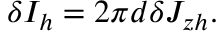
\begin{array} { r } { \delta I _ { h } = 2 \pi d \delta J _ { z h } . } \end{array}